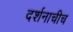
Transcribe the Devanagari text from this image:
दर्शनाचीच